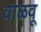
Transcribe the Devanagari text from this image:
वाळवू